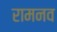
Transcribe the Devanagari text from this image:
रामनव